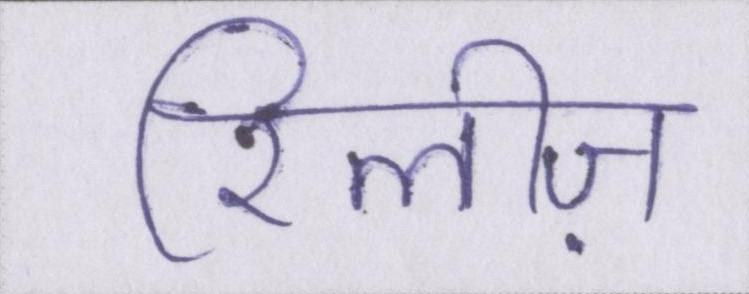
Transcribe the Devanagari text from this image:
रिलीज़